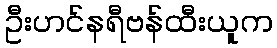
ဦးဟင်နရီဗန်ထီးယူက